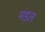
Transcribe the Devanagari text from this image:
मंड़ल